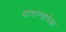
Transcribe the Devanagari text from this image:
वाचण्यापेक्षा